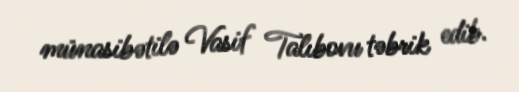
münasibətilə Vasif Talıbovu təbrik edib.